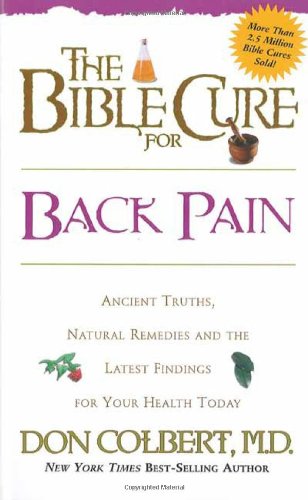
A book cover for The Bible Cure for Back Pain: Ancient Truths, Natural Remedies and the Latest Findings for Your Health Today (New Bible Cure (Siloam)); Don Colbert MD; Health, Fitness & Dieting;